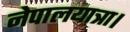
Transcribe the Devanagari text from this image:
नेपालयात्रा।